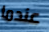
عندما